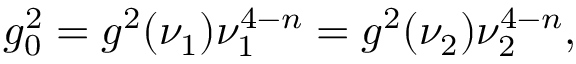
g _ { 0 } ^ { 2 } = g ^ { 2 } ( \nu _ { 1 } ) \nu _ { 1 } ^ { 4 - n } = g ^ { 2 } ( \nu _ { 2 } ) \nu _ { 2 } ^ { 4 - n } ,